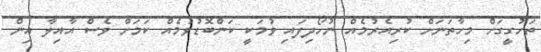
ތަހުގީގަށް މިހާތަނަށް ކުރިއެރުމެއް ނުހޯދިފައި ވުމަކީ ކަންބޮޑުވުމެއް ކަމަށް ވެސް އާއިލާ އިން